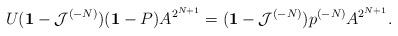
LaTeX: \begin{align*}U({\bf 1} - {\cal J}^{(-N)})({\bf 1} - P) A^{2^{N+1}} =({\bf 1} - {\cal J}^{(-N)})p^{(-N)} A^{2^{N+1}}.\end{align*}